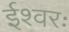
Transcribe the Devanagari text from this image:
ईश्वरः